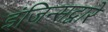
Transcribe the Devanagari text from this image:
इंजिन्सद्वारे